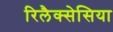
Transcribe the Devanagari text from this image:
रिलैक्सेसिया